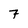
Character: 7